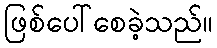
ဖြစ်ပေါ်စေခဲ့သည်။